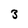
Character: 3